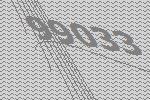
99033